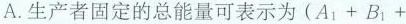
A.生产者固定的总能量可表示为$$( A _ { 1 } + B _{ 1 } +